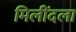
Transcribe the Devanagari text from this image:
मिलींदला